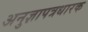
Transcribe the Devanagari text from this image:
अनुज्ञापत्रधारक